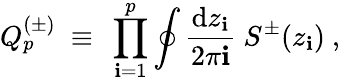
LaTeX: Q_{p}^{(\pm)}{}~\equiv{}~\prod_{\mathbf{i}=1}^{p}\oint{\frac{{\mathrm{{d}}z_{\mathbf{i}}}}{{2\pi\mathbf{i}}}}{}~{S^{\pm}}(z_{\mathbf{i}}){}~,